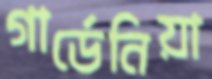
গার্ডেনিয়া